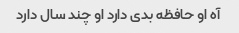
آه او حافظه بدی دارد او چند سال دارد